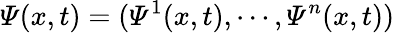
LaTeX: \varPsi(x,t)=(\varPsi^{1}(x,t),\cdots,\varPsi^{n}(x,t))